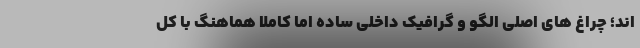
اند؛ چراغ های اصلی الگو و گرافیک داخلی ساده اما کاملا هماهنگ با کل